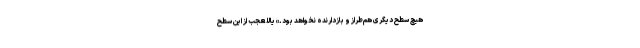
هیچ سطح دیگری هم‌طراز و بازدارنده نخواهد بود.» یاللعجب از این سطح